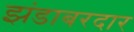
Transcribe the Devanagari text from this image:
झंडाबरदार